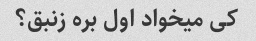
کی میخواد اول بره زنبق؟